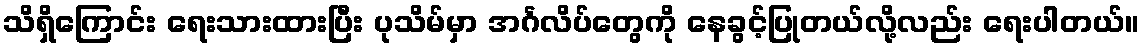
သိရှိကြောင်း ရေးသားထားပြီး ပုသိမ်မှာ အင်္ဂလိပ်တွေကို နေခွင့်ပြုတယ်လို့လည်း ရေးပါတယ်။